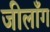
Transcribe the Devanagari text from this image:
जीलाँग